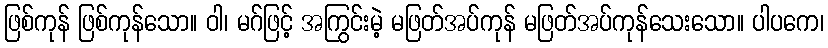
ဖြစ်ကုန် ဖြစ်ကုန်သော။ ဝါ၊ မဂ်ဖြင့် အကြွင်းမဲ့ မဖြတ်အပ်ကုန် မဖြတ်အပ်ကုန်သေးသော။ ပါပကေ၊